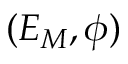
( E _ { M } , \phi )